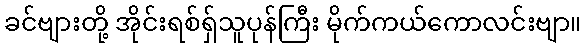
ခင်ဗျားတို့ အိုင်းရစ်ရှ်သူပုန်ကြီး မိုက်ကယ်ကောလင်းဗျာ။